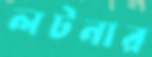
লটনার